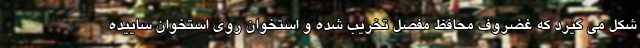
شکل می گیرد که غضروف محافظ مفصل تخریب شده و استخوان روی استخوان ساییده